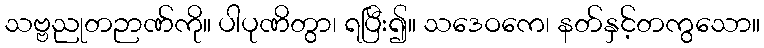
သဗ္ဗညုတဉာဏ်ကို။ ပါပုဏိတွာ၊ ရပြီး၍။ သဒေဝကေ၊ နတ်နှင့်တကွသော။